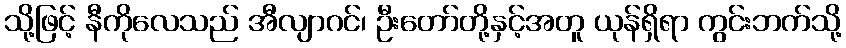
သို့ဖြင့် နီကိုလေသည် အီလျာဂင်၊ ဦးတော်တို့နှင့်အတူ ယုန်ရှိရာ ကွင်းဘက်သို့